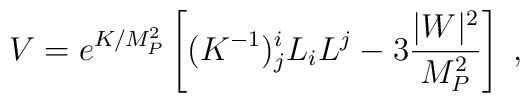
V = e^{K/M_P^2} \left[(K^{-1})^i_j L_i L^j - 3\frac{|W|^2}{M_P^2}\right] \;,